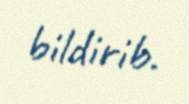
bildirib.